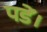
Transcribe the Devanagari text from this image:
पडें।